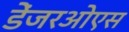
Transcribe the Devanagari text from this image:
डेंजरओएस